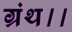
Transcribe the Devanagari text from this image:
ग्रंथ।।